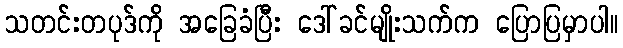
သတင်းတပုဒ်ကို အခြေခံပြီး ဒေါ်ခင်မျိုးသက်က ပြောပြမှာပါ။